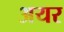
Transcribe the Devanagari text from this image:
अयर